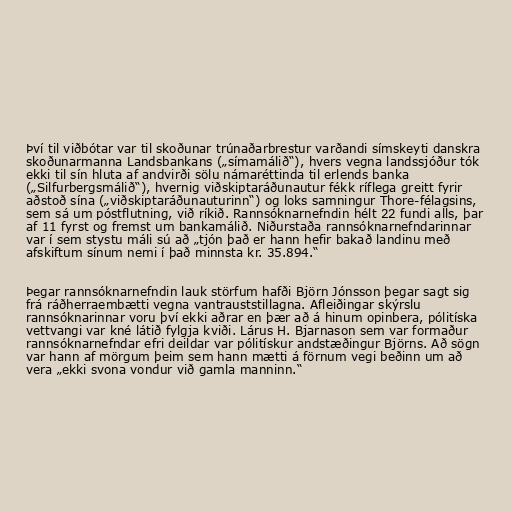
Því til viðbótar var til skoðunar trúnaðarbrestur varðandi símskeyti danskra
skoðunarmanna Landsbankans („símamálið“), hvers vegna landssjóður tók
ekki til sín hluta af andvirði sölu námaréttinda til erlends banka
(„Silfurbergsmálið“), hvernig viðskiptaráðunautur fékk ríflega greitt fyrir
aðstoð sína („viðskiptaráðunauturinn“) og loks samningur Thore-félagsins,
sem sá um póstflutning, við ríkið. Rannsóknarnefndin hélt 22 fundi alls, þar
af 11 fyrst og fremst um bankamálið. Niðurstaða rannsóknarnefndarinnar
var í sem stystu máli sú að „tjón það er hann hefir bakað landinu með
afskiftum sínum nemi í það minnsta kr. 35.894.“

Þegar rannsóknarnefndin lauk störfum hafði Björn Jónsson þegar sagt sig
frá ráðherraembætti vegna vantrauststillagna. Afleiðingar skýrslu
rannsóknarinnar voru því ekki aðrar en þær að á hinum opinbera, pólitíska
vettvangi var kné látið fylgja kviði. Lárus H. Bjarnason sem var formaður
rannsóknarnefndar efri deildar var pólitískur andstæðingur Björns. Að sögn
var hann af mörgum þeim sem hann mætti á förnum vegi beðinn um að
vera „ekki svona vondur við gamla manninn.“